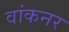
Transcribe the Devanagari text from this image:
वांकनर